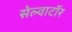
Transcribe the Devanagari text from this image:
सेल्वाटॉर